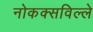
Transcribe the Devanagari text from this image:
नोकक्सविल्ले